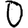
Digit: 0